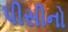
પીસીનો